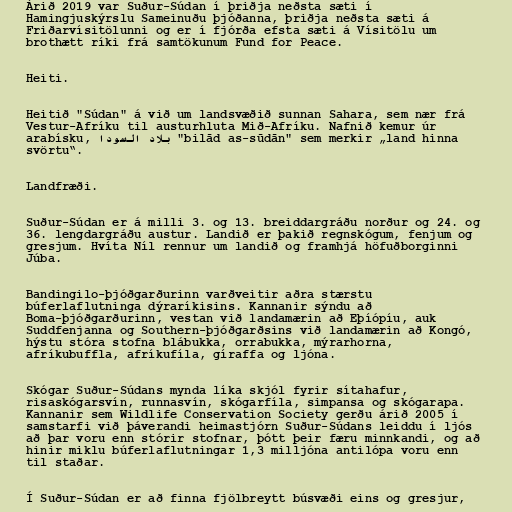
Árið 2019 var Suður-Súdan í þriðja neðsta sæti í
Hamingjuskýrslu Sameinuðu þjóðanna, þriðja neðsta sæti á
Friðarvísitölunni og er í fjórða efsta sæti á Vísitölu um
brothætt ríki frá samtökunum Fund for Peace.

Heiti.

Heitið "Súdan" á við um landsvæðið sunnan Sahara, sem nær frá
Vestur-Afríku til austurhluta Mið-Afríku. Nafnið kemur úr
arabísku, بلاد السودا "bilād as-sūdān" sem merkir „land hinna
svörtu“.

Landfræði.

Suður-Súdan er á milli 3. og 13. breiddargráðu norður og 24. og
36. lengdargráðu austur. Landið er þakið regnskógum, fenjum og
gresjum. Hvíta Níl rennur um landið og framhjá höfuðborginni
Júba.

Bandingilo-þjóðgarðurinn varðveitir aðra stærstu
búferlaflutninga dýraríkisins. Kannanir sýndu að
Boma-þjóðgarðurinn, vestan við landamærin að Eþíópíu, auk
Suddfenjanna og Southern-þjóðgarðsins við landamærin að Kongó,
hýstu stóra stofna blábukka, orrabukka, mýrarhorna,
afríkubuffla, afríkufíla, gíraffa og ljóna.

Skógar Suður-Súdans mynda líka skjól fyrir sítahafur,
risaskógarsvín, runnasvín, skógarfíla, simpansa og skógarapa.
Kannanir sem Wildlife Conservation Society gerðu árið 2005 í
samstarfi við þáverandi heimastjórn Suður-Súdans leiddu í ljós
að þar voru enn stórir stofnar, þótt þeir færu minnkandi, og að
hinir miklu búferlaflutningar 1,3 milljóna antilópa voru enn
til staðar.

Í Suður-Súdan er að finna fjölbreytt búsvæði eins og gresjur,